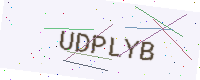
Text: UDPLYB